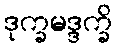
ဒုက္ခမဒ္ဒက္ခိ